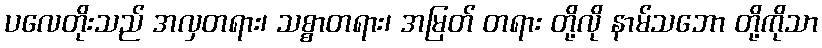
ပလေတိုးသည် အလှတရား၊ သစ္စာတရား၊ အမြတ် တရား တို့လို နာမ်သဘော တို့ကိုသာ